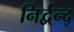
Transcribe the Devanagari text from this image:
निर्द्वन्द्